Vaccination in the Punjab 1919-1929 - 1919-1929
Year: 1919
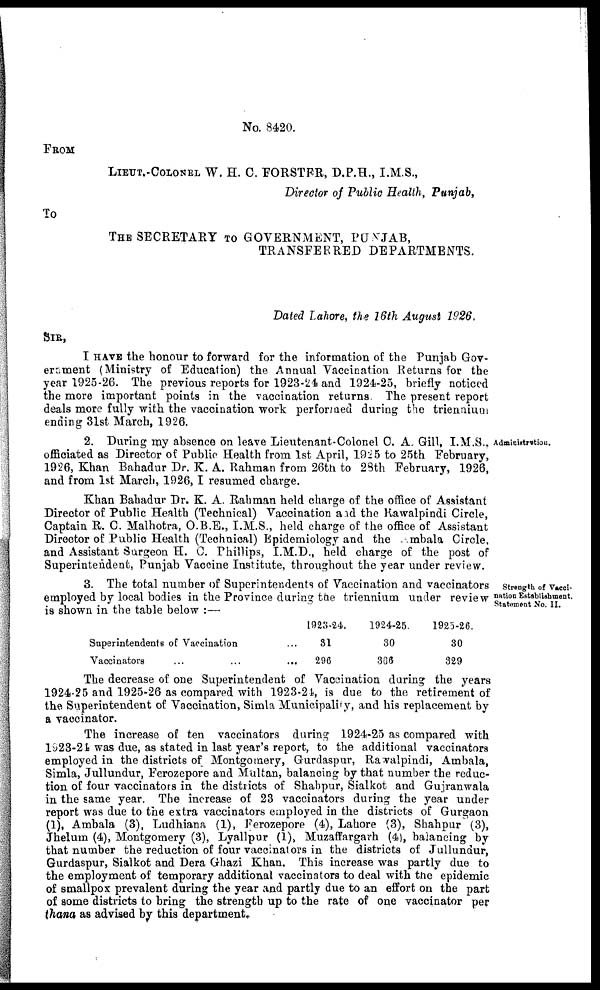
No. 8420.
FROM
LIEUT.-COLONEL W. H. C. FORSTER, D.P.H., I.M.S.,
Director of Public Health, Punjab,
To
THE SECRETARY TO GOVERNMENT, PUNJAB,
TRANSFERRED DEPARTMENTS.
Dated Lahore, the 16th August 1926,
SIR,
I HAVE the honour to forward for the information of the Punjab Gov-
ernment (Ministry of Education) the Annual Vaccination Returns for the
year 1925-26. The previous reports for 1923-24 and 1924-25, briefly noticed
the more important points in the vaccination returns. The present report
deals more fully with the vaccination work performed during the triennium
ending 31st March, 1926.
Administrstion.
2. During my absence on leave Lieutenant-Colonel C. A. Gill, I.M.S.,
officiated as Director of Public Health from 1st April, 1925 to 25th February,
1926, Khan Bahadur Dr. K. A. Rahman from 26th to 28th February, 1926,
and from 1st March, 1926, I resumed charge.
Khan Bahadur Dr. K. A. Rahman held charge of the office of Assistant
Director of Public Health (Technical) Vaccination and the Rawalpindi Circle,
Captain R. C. Malhotra, O.B.E., I.M.S., held charge of the office of Assistant
Director of Public Health (Technical) Epidemiology and the Ambala Circle,
and Assistant Surgeon H. C. Phillips, I.M.D., held charge of the post of
Superintendent, Punjab Vaccine Institute, throughout the year under review.
Strength of Vacci-
nation Establishment.
Statement No. II.
3. The total number of Superintendents of Vaccination and vaccinators
employed by local bodies in the Province during the triennium under review
is shown in the table below :—
Superintendents of Vaccination ...
Vaccinators ... ... ...
1923-24.
31
296
1924-25.
30
306
1925-26.
30
329
The decrease of one Superintendent of Vaccination during the years
1924-25 and 1925-26 as compared with 1923-24, is due to the retirement of
the Superintendent of Vaccination, Simla Municipality, and his replacement by
a vaccinator.
The increase of ten vaccinators during 1924-25 as compared with
1923-24 was due, as stated in last year's report, to the additional vaccinators
employed in the districts of Montgomery, Gurdaspur, Rawalpindi, Ambala,
Simla, Jullundur, Ferozepore and Multan, balancing by that number the reduc-
tion of four vaccinators in the districts of Shahpur, Sialkot and Gujranwala
in the same year. The increase of 23 vaccinators during the year under
report was due to the extra vaccinators employed in the districts of Gurgaon
(1), Ambala (3), Ludhiana (1), Ferozepore (4), Lahore (3), Shahpur (3),
Jhelum (4), Montgomery (3), Lyallpur (1), Muzaffargarh (4), balancing by
that number the reduction of four vaccintors in the districts of Jullundur,
Gurdaspur, Sialkot and Dera Ghazi Khan. This increase was partly due to
the employment of temporary additional vaccinators to deal with the epidemic
of smallpox prevalent during the year and partly due to an effort on the part
of some districts to bring the strength up to the rate of one vaccinator per
thana, as advised by this department